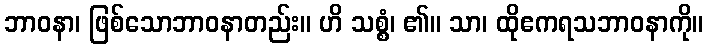
ဘာဝနာ၊ ဖြစ်သောဘာဝနာတည်း။ ဟိ သစ္စံ၊ ၏။ သာ၊ ထိုဧကရသဘာဝနာကို။